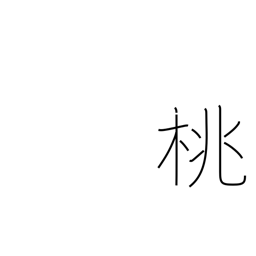
Meaning: peach